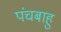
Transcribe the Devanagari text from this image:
पंचबाहु